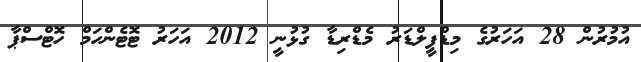
އުމުރުން 28 އަހަރުގެ މިޑްފީލްޑަރު މެޑްރިޑާ ގުޅުނީ 2012 އަހަރު ޓޮޓެންހަމް ހޮޓްސްޕާ